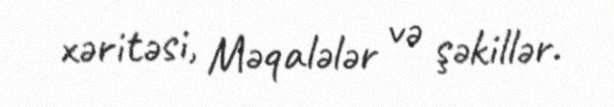
xəritəsi, Məqalələr və şəkillər.